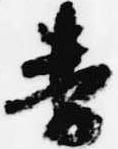
番